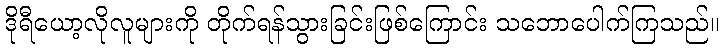
ဒိုရီယော့လိုလူများကို တိုက်ရန်သွားခြင်းဖြစ်ကြောင်း သဘောပေါက်ကြသည်။